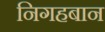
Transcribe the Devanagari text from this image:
निगहबान